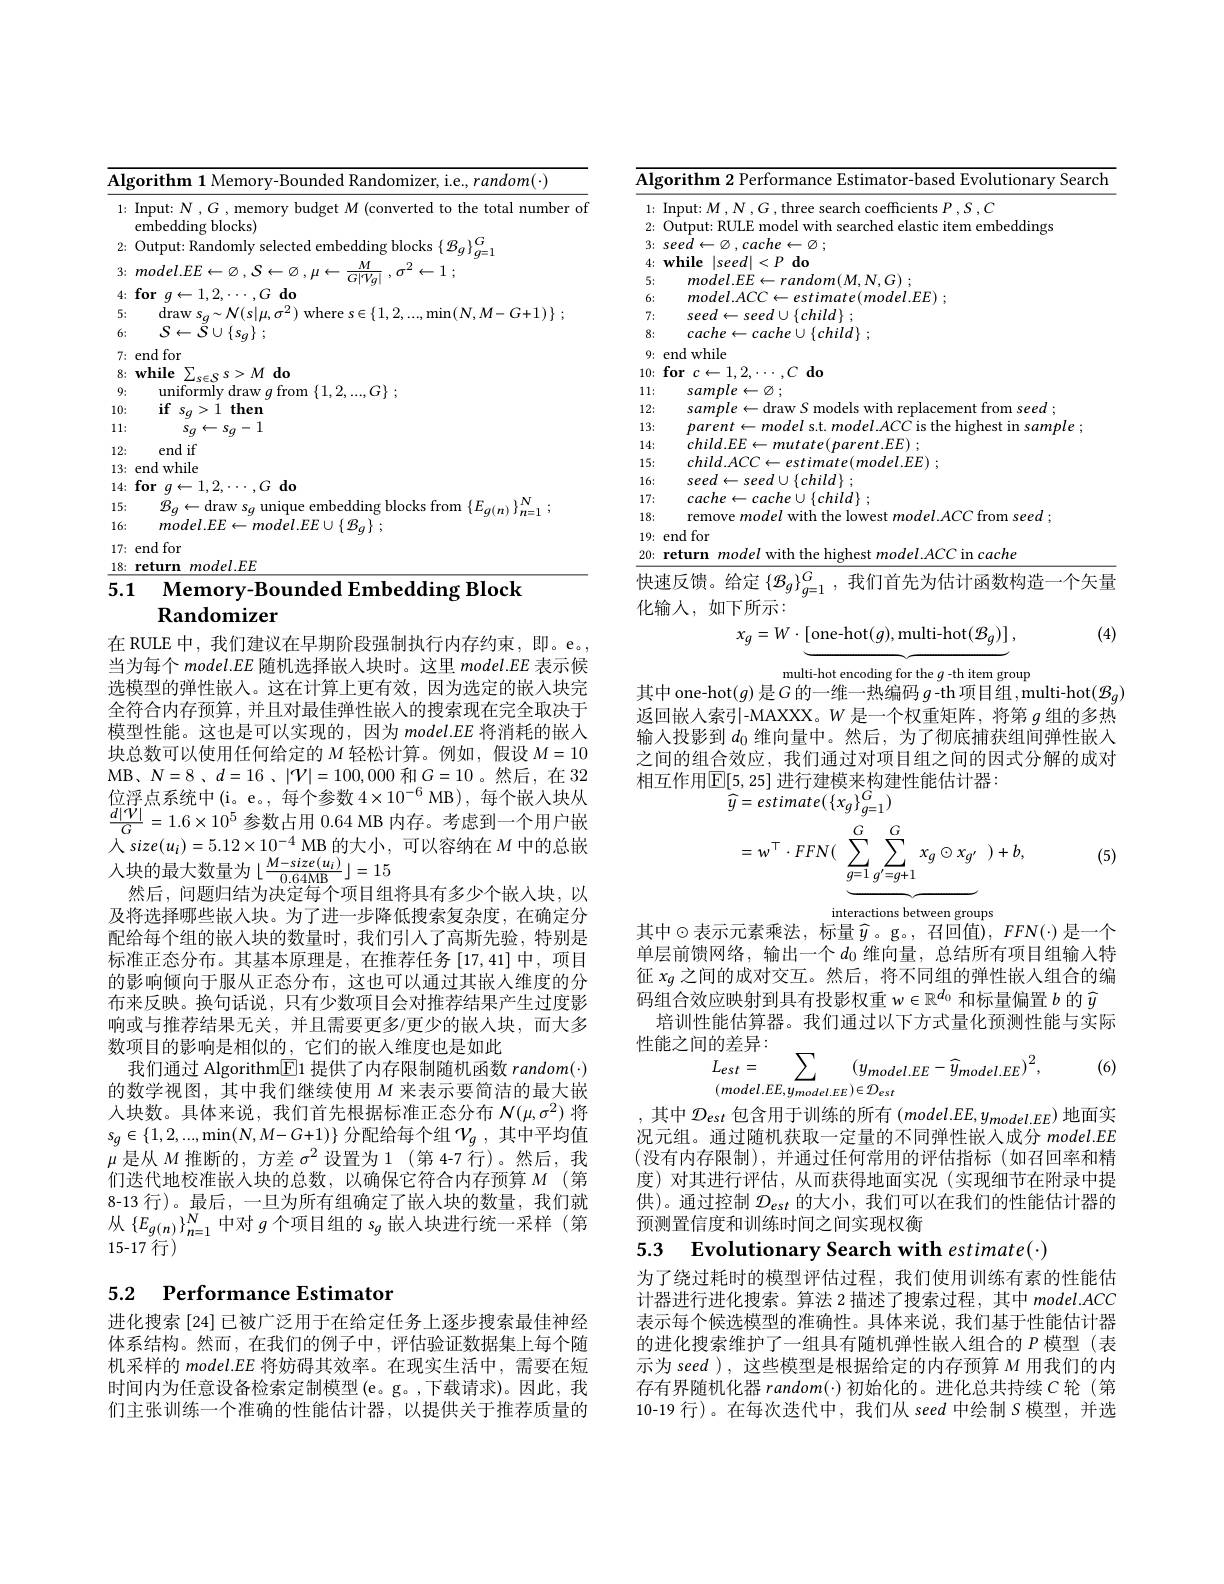
<table>
	<tbody>
		<tr>
			<td>$Al_{f}$</td>
			<td>rorithm 1Mem $random(\cdot)$ 1 Ka</td>
		</tr>
		<tr>
			<td>1:</td>
			<td>Input: $N,G$, memory budget $M$ (converted to the total number of embedding blocks)</td>
		</tr>
		<tr>
			<td>2:</td>
			<td>reddine blocks</td>
		</tr>
		<tr>
			<td>3:</td>
			<td>$model.EE$ $M$ 2 $W$ 1 $V$ $,\mu$ $G|\gamma_{a}|$ $\sigma$ 1</td>
		</tr>
		<tr>
			<td>4: 5: 6:</td>
			<td>$rg|$ $\textbf{for}g\leftarrow 1, 2, \cdots , G\textbf{do}$ $\operatorname{draw}s_{q}\sim\mathcal{N}(s|\mu,\sigma^{2})$ where $s\in \{ 1, 2, . . . , \min ( N, M- G+ 1) \}$ ; $S\leftarrow {\vec{S} }\cup \{ s_{g}\}$ ;</td>
		</tr>
		<tr>
			<td>1 11: 1 1 1 </td>
			<td>$s_{q}\leftarrow s_{q}-1$</td>
		</tr>
		<tr>
			<td>15:</td>
			<td>$\mathcal{R}_{a}$ draw</td>
		</tr>
		<tr>
			<td>16:</td>
			<td>$mode/FF$ $mode/FE$ :|| $\{$ $\mathcal{B} _{a}\}$</td>
		</tr>
		<tr>
			<td>17: - T -</td>
			<td>end for</td>
		</tr>
		<tr>
			<td>.8: $1i$ 1 1</td>
			<td>$lel.FE$</td>
		</tr>
	</tbody>
</table>

# 5.1 Memory-Bounded Embedding Block Randomizer

在 RULE 中，我们建议在早期阶段强制执行内存约束，即。e。, 当为每个$model.EE$随机选择嵌人块时。这里$model.EE$表示候选模型的弹性嵌入。这在计算上更有效，因为选定的嵌入块完全符合内存预算，并且对最佳弹性嵌人的搜索现在完全取决于模型性能。这也是可以实现的，因为$model.EE$将消耗的嵌入块总数可以使用任何给定的$M$轻松计算。例如，假设$M=10$ MB、N=8、$d= 16$ , $| \mathcal{V} | = 100, 000$和$G=10$。然后，在 32位浮点系统中(i。e。,每个参数$4\times10^{-6}$ MB),每个嵌入块从$\frac{d|\mathcal{V}|}G=1.6\times10^5$参数占用 0.64 MB 内存。考虑到一个用户嵌人 $size( u_{i}) = 5. 12\times 10^{- 4}$ MB 的 大 小 , 可 以 容 纳 在 $M$ 中 的 总 嵌 人 块 的 最 大 数 量 为 $\lfloor \frac {M- size( u_{i}) }{0. 64\mathrm{MB}}\rfloor = 15$ 然 后 , 问 题 归 结 为 决 定 每 个 项 目 组 将 县 有 多 少 个 嵌 入 块 , 以
然后，问题归结为决定每个项目组将具有多少个嵌人块，以及将选择哪些嵌人块。为了进一步降低搜索复杂度，在确定分配给每个组的嵌入块的数量时，我们引人了高斯先验，特别是标准正态分布。其基本原理是，在推荐任务[17,41]中，项目的影响倾向于服从正态分布，这也可以通过其嵌人维度的分布来反映。换句话说，只有少数项目会对推荐结果产生过度影响或与推荐结果无关，并且需要更多/更少的嵌人块，而大多数项目的影响是相似的，它们的嵌入维度也是如此
我们通过 Algorithm$\boxed{\mathrm{F}}$1 提供了内存限制随机函数$random(\cdot)$ 的数学视图，其中我们继续使用$M$来表示要简洁的最大嵌入块数。具体来说，我们首先根据标准正态分布$\mathcal{N}(\mu,\sigma^2)$将$s_g\in\{1,2,...,\min(N,M-G+1)\}$分配给每个组$\mathcal{V}_g$,其中平均值$\mu$是从$M$推断的，方差$\sigma^2$设置为 1 (第 4-7 行)。然后，我们迭代地校准嵌入块的总数，以确保它符合内存预算$M$ (第20) 8-13 行)。最后，一旦为所有组确定了嵌入块的数量，我们就从$\{E_{g(n)}\}_{n=1}^N$中对$g$个项目组的$s_g$嵌入块进行统一采样 (第15-17 行)

# 5.2 Performance Estimator

进化搜索 [24] 已被广泛用于在给定任务上逐步搜索最佳神经体系结构。然而，在我们的例子中，评估验证数据集上每个随机采样的$model.EE$将妨碍其效率。在现实生活中，需要在短时间内为任意设备检索定制模型(e。g。,下载请求)。因此，我们主张训练一个准确的性能估计器，以提供关于推荐质量的

Algorithm 2 Performance Estimator-based Evolutionary Search
1: Input: $M,N,G$, three search coefficients $P,S,C$
2: Output: RULE model with searched elastic item embeddings
$3\colon seed\gets\emptyset,cache\leftarrow\varnothing;$ $4\nobreak {: } \textbf{while}| seed| < P\textbf{do}$ 5:
$model. EE\leftarrow random( M, N, G)$ ;
6:
$model. ACC\leftarrow estimate( model. EE)$ ;
7:
$seed\leftarrow seed\cup \{ child\}$ ;
8:
$cache\leftarrow cache\cup \{ child\}$ ;
9: end while
$\begin{array}{l}{10:}&{\mathbf{for}}&{c\leftarrow1,2,\cdots,C}\\{11:}&{sample\leftarrow\varnothing;}\end{array}$
12:
$sample\leftarrow$draw $S$ models with replacement from seed ;
13:
$parent\leftarrow model$ s.t. $model.ACC$ is the highest in sample;
14:
$child. EE\leftarrow mutate( parent. EE)$ ;
$child. ACC\leftarrow estimate( model. EE)$ ;
15: 16:
$seed\leftarrow seed\cup \{ child\}$ ;
$cache\leftarrow cache\cup \{ child\}$ ;
17: 18:
remove model with the lowest $model.ACC$ from seed ;
19: end for
20: return model with the highest $model.ACC$ in cache
$\overline{\text{快速反馈。给定 }\{\mathcal{B}_g\}_{g=1}^G,\text{ 我们首先为估计函数构造一个矢量}}$

化输人，如下所示：

(4)
$$x_{g}=W\cdot\left[\mathrm{one-hot}(g),\mathrm{multi-hot}(\mathcal{B}_{g})\right],$$
multi-hot encoding for the $g$ -th item group
其中 one-hot$(g)$是$G$的一维一热编码$g$ -th 项目组，multi-hot$(\mathcal{B}_g)$ 返回嵌人索引-MAXXX。W 是一个权重矩阵，将第$g$组的多热输人投影到$d_{0}$维向量中。然后，为了彻底捕获组间弹性嵌入之间的组合效应，我们通过对项目组之间的因式分解的成对相互作用$\overline{\mathrm{E}}[5,25]$ 进行建模来构建性能估计器：
$$=w^{\top}\cdot FFN(\:\underbrace{\sum_{g=1}^{G}\sum_{g^{\prime}=g+1}^{G}x_{g}\odot x_{g^{\prime}}}\:)+b,$$
interactions between groups

(5)

其中$\odot$表示元素乘法，标量$\widehat{y}$。g。,召回值),$FFN(\cdot)$是一个单层前馈网络，输出一个$d_0$ 维向量，总结所有项目组输入特征$x_g$之间的成对交互。然后，将不同组的弹性嵌入组合的编码组合效应映射到具有投影权重$w\in\mathbb{R}^d_0$和标量偏置$b$的$\widehat{y}$
培训性能估算器。我们通过以下方式量化预测性能与实际
$$\begin{aligned}&\text{]的差异:}\\&L_{est}=\sum_{(model.EE,y_{model.EE})\in\mathcal{D}_{est}}(y_{model.EE}-\widehat{y}_{model.EE})^{2},\end{aligned}$$
(6)

,其中$\mathcal{D}_est$包含用于训练的所有$(model.EE,y_{model.EE})$地面实

况元组。通过随机获取一定量的不同弹性嵌入成分$model.EE$ (没有内存限制),并通过任何常用的评估指标(如召回率和精度)对其进行评估，从而获得地面实况(实现细节在附录中提供)。通过控制$\mathcal{D}_{est}$的大小，我们可以在我们的性能估计器的预测置信度和训练时间之间实现权衡

5.3 Evolutionary Search with estimate(·)

为了绕过耗时的模型评估过程，我们使用训练有素的性能估计器进行进化搜索。算法 2 描述了搜索过程，其中 model.ACC 表示每个候选模型的准确性。具体来说，我们基于性能估计器的进化搜索维护了一组具有随机弹性嵌人组合的$P$模型(表示为 seed ), 这些模型是根据给定的内存预算$M$用我们的内存有界随机化器$random(\cdot)$初始化的。进化总共持续$C$轮(第10-19 行)。在每次迭代中，我们从 seed 中绘制 S 模型，并选